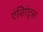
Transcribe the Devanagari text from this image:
एंशिएंट्स